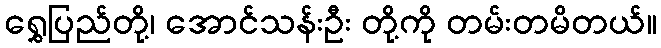
ရွှေပြည်တို့၊ အောင်သန်းဦး တို့ကို တမ်းတမိတယ်။